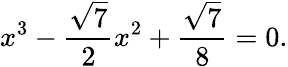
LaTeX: x^{3}-{\frac{\sqrt{7}}{2}}x^{2}+{\frac{\sqrt{7}}{8}}=0.